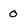
Character: 0